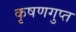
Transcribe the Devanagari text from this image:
कृषणगुप्त